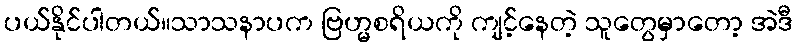
ပယ်နိုင်ပါတယ်။သာသနာပက ဗြဟ္မစရိယကို ကျင့်နေတဲ့ သူတွေမှာတော့ အဲဒီ